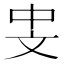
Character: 𪯡